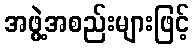
အဖွဲ့အစည်းများဖြင့်